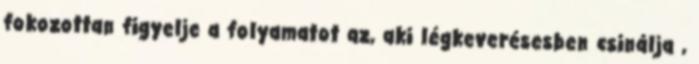
fokozottan figyelje a folyamatot az, aki légkeverésesben csinálja ,